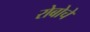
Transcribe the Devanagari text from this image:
रोबोचे